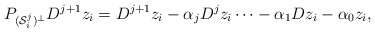
\begin{align*} P_{(\mathcal{S}_i^j)^\perp} D^{j+1} z_i & = D^{j+1} z_i - \alpha_j D^j z_i \cdots - \alpha_1 D z_i - \alpha_0 z_i,\end{align*}